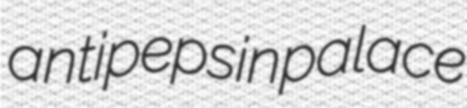
antipepsin palace